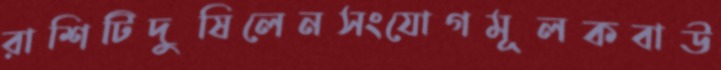
রাশিটিদুষিলেনসংযোগমূলকবাউ